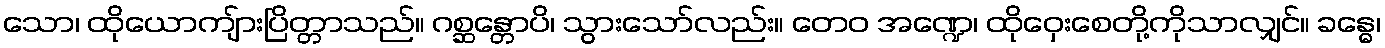
သော၊ ထိုယောကျ်ားပြိတ္တာသည်။ ဂစ္ဆန္တောပိ၊ သွားသော်လည်း။ တေဝ အဏ္ဍေ၊ ထိုဝှေးစေတို့ကိုသာလျှင်။ ခန္ဓေ၊